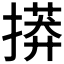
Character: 𢳠